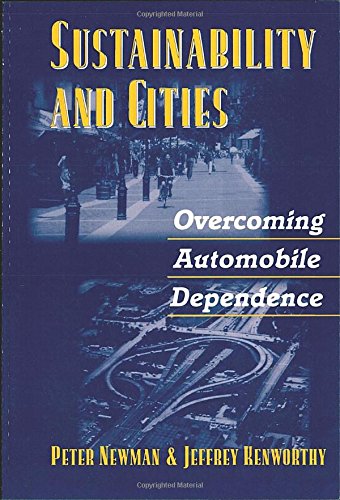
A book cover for Sustainability and Cities: Overcoming Automobile Dependence; Peter Newman; Engineering & Transportation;